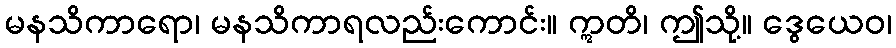
မနသိကာရော၊ မနသိကာရလည်းကောင်း။ ဣတိ၊ ဤသို့။ ဒွေယေဝ၊